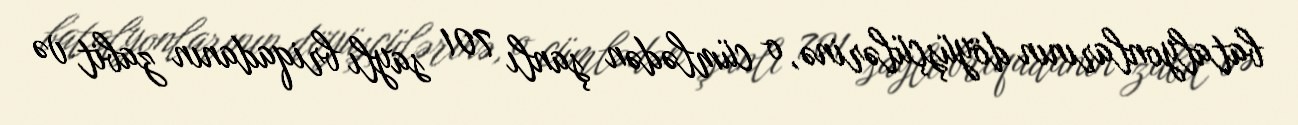
batalyonlarının döyüşçülərinə, o cümlədən şanlı 701 saylı briqadanın zabit və